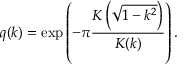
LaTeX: q ( k ) = \exp \left( - \pi { \frac { K \left( { \sqrt { 1 - k ^ { 2 } } } \right) } { K ( k ) } } \right) .